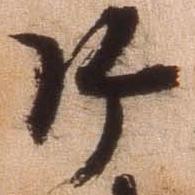
御